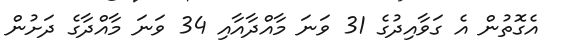
އެގޮތުން އެ ގަވާއިދުގެ 31 ވަނަ މާއްދާއާއި 34 ވަނަ މާއްދާގެ ދަށުން